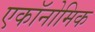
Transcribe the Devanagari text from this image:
एकॉनोमिक